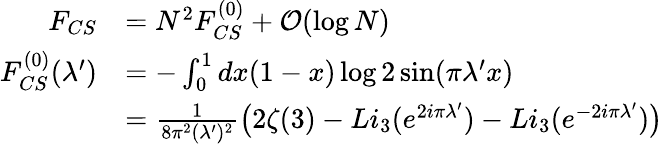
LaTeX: \begin{array}{rl}{F_{CS}}&{=N^{2}F_{CS}^{(0)}+{\mathcal O}(\log N)}\\ {F_{CS}^{(0)}(\lambda^{\prime})}&{=-\int_{0}^{1}dx(1-x)\log 2\sin(\pi\lambda^{\prime}x)}\\ &{=\frac{1}{8\pi^{2}(\lambda^{\prime})^{2}}\left(2\zeta(3)-Li_{3}(e^{2i\pi\lambda^{\prime}})-Li_{3}(e^{-2i\pi\lambda^{\prime}})\right)}\end{array}